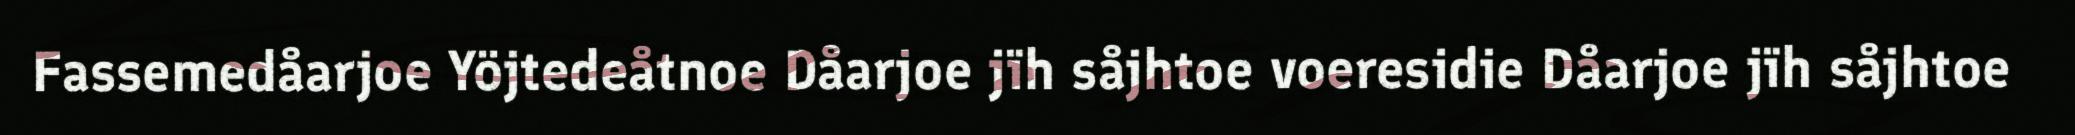
Fassemedåarjoe Yöjtedeåtnoe Dåarjoe jïh såjhtoe voeresidie Dåarjoe jïh såjhtoe